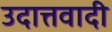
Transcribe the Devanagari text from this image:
उदात्तवादी